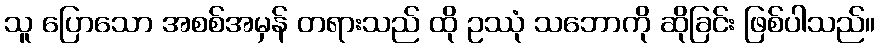
သူ ပြောသော အစစ်အမှန် တရားသည် ထို ဥဿုံ သဘောကို ဆိုခြင်း ဖြစ်ပါသည်။